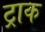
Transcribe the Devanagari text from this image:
ट्राक